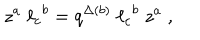
z ^ { a } \; { \ell _ { c } } ^ { b } = q ^ { \Delta ( b ) } \; { \ell _ { c } } ^ { b } \; z ^ { a } \; ,